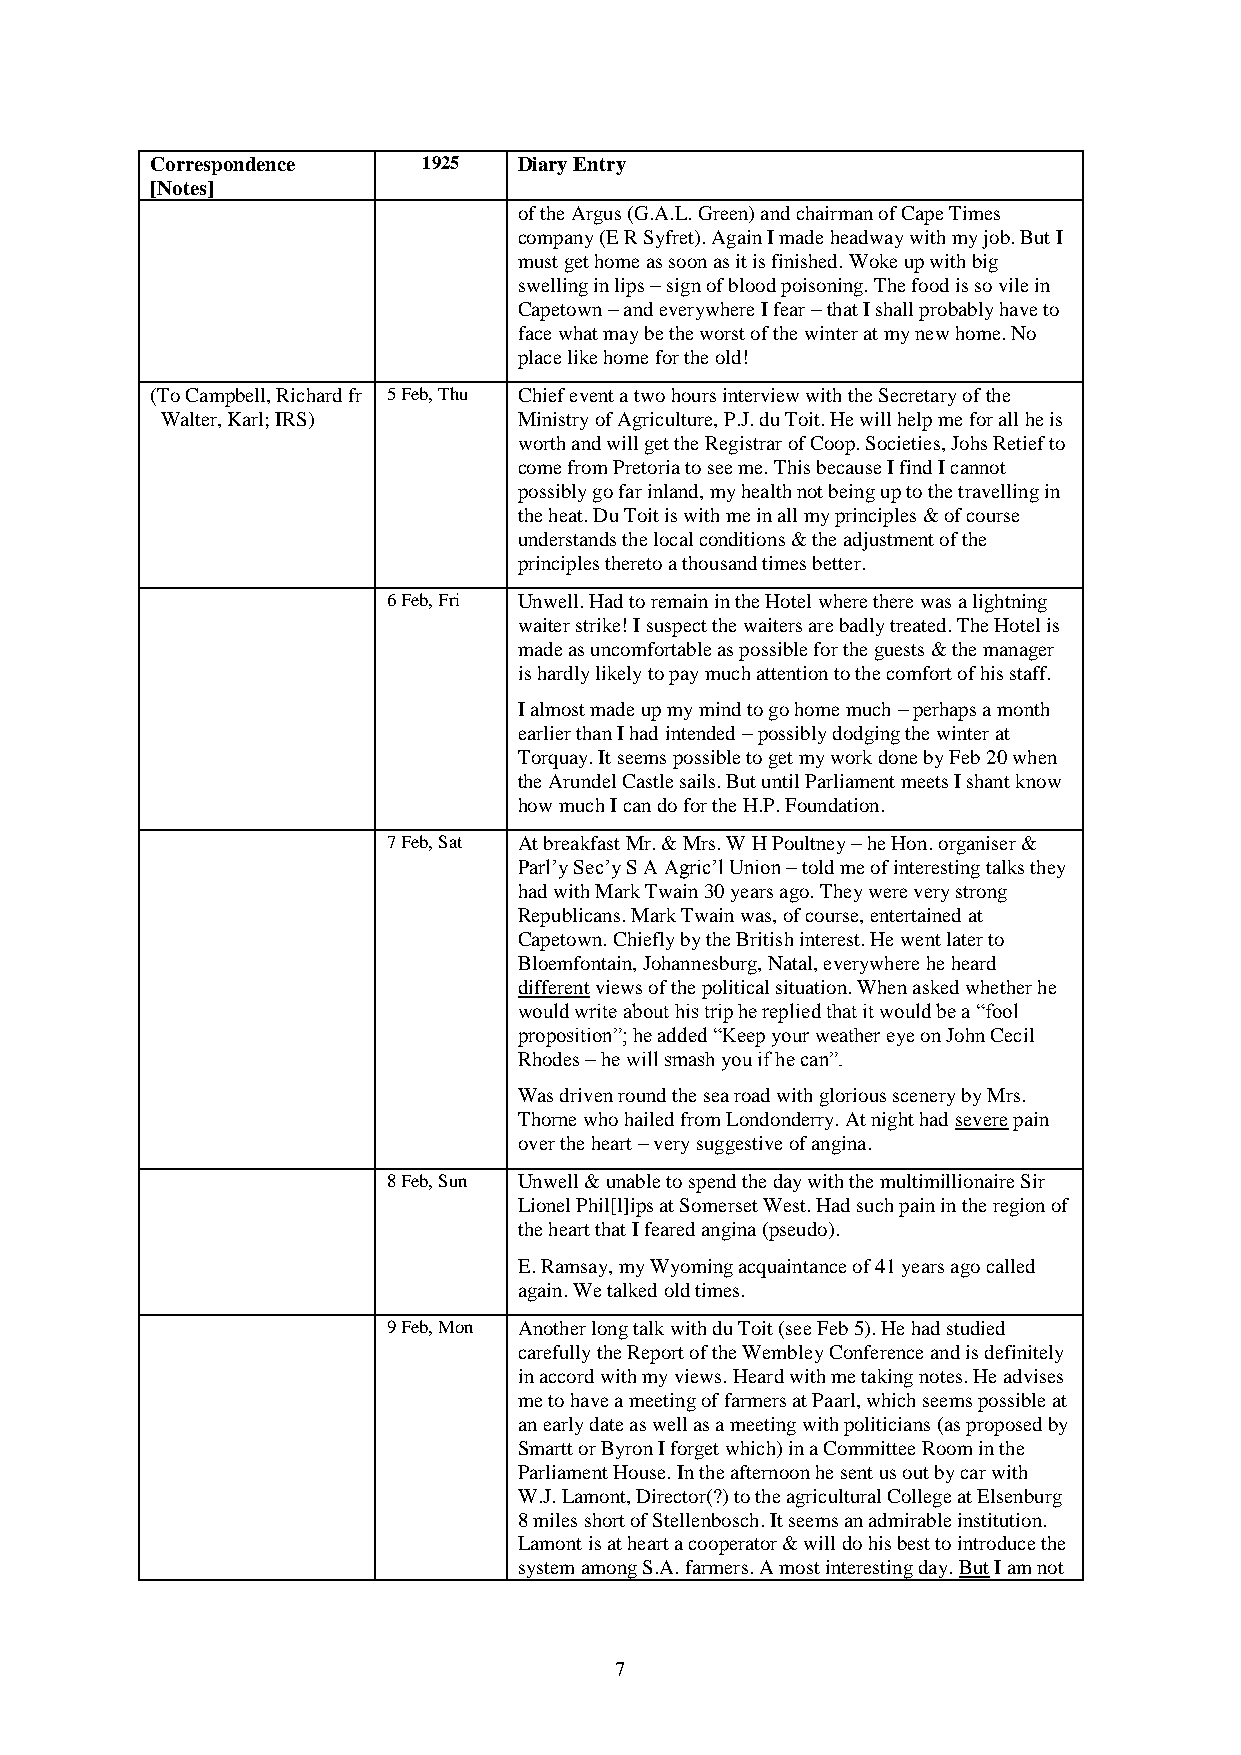
Correspondence    1925  Diary Entry
 [Notes]
 of the Argus (G.A.L. Green) and chairman of Cape Times
 company (E R Syfret). Again I made headway with my job. But I
 must get home as soon as it is finished. Woke up with big
 swelling in lips – sign of blood poisoning. The food is so vile in
 Capetown – and everywhere I fear – that I shall probably have to
 face what may be the worst of the winter at my new home. No
 place like home for the old!
 (To Campbell, Richard fr 5 Feb, Thu Chief event a two hours interview with the Secretary of the
 Walter, Karl; IRS)     Ministry of Agriculture, P.J. du Toit. He will help me for all he is
 worth and will get the Registrar of Coop. Societies, Johs Retief to
 come from Pretoria to see me. This because I find I cannot
 possibly go far inland, my health not being up to the travelling in
 the heat. Du Toit is with me in all my principles & of course
 understands the local conditions & the adjustment of the
 principles thereto a thousand times better.
 6 Feb, Fri Unwell. Had to remain in the Hotel where there was a lightning
 waiter strike! I suspect the waiters are badly treated. The Hotel is
 made as uncomfortable as possible for the guests & the manager
 is hardly likely to pay much attention to the comfort of his staff.
 I almost made up my mind to go home much – perhaps a month
 earlier than I had intended – possibly dodging the winter at
 Torquay. It seems possible to get my work done by Feb 20 when
 the Arundel Castle sails. But until Parliament meets I shant know
 how much I can do for the H.P. Foundation.
 7 Feb, Sat At breakfast Mr. & Mrs. W H Poultney – he Hon. organiser &
 Parl’y Sec’y S A Agric’l Union – told me of interesting talks they
 had with Mark Twain 30 years ago. They were very strong
 Republicans. Mark Twain was, of course, entertained at
 Capetown. Chiefly by the British interest. He went later to
 Bloemfontain, Johannesburg, Natal, everywhere he heard
 different views of the political situation. When asked whether he
 would write about his trip he replied that it would be a “fool
 proposition”; he added “Keep your weather eye on John Cecil
 Rhodes – he will smash you if he can”.
 Was driven round the sea road with glorious scenery by Mrs.
 Thorne who hailed from Londonderry. At night had severe pain
 over the heart – very suggestive of angina.
 8 Feb, Sun Unwell & unable to spend the day with the multimillionaire Sir
 Lionel Phil[l]ips at Somerset West. Had such pain in the region of
 the heart that I feared angina (pseudo).
 E. Ramsay, my Wyoming acquaintance of 41 years ago called
 again. We talked old times.
 9 Feb, Mon Another long talk with du Toit (see Feb 5). He had studied
 carefully the Report of the Wembley Conference and is definitely
 in accord with my views. Heard with me taking notes. He advises
 me to have a meeting of farmers at Paarl, which seems possible at
 an early date as well as a meeting with politicians (as proposed by
 Smartt or Byron I forget which) in a Committee Room in the
 Parliament House. In the afternoon he sent us out by car with
 W.J. Lamont, Director(?) to the agricultural College at Elsenburg
 8 miles short of Stellenbosch. It seems an admirable institution.
 Lamont is at heart a cooperator & will do his best to introduce the
 system among S.A. farmers. A most interesting day. But I am not
 7